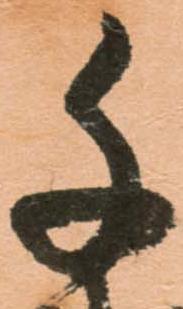
千